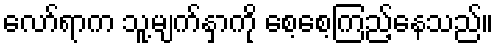
လော်ရာက သူ့မျက်နှာကို စေ့စေ့ကြည့်နေသည်။